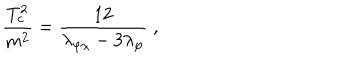
LaTeX: \frac { T _ { c } ^ { 2 } } { m ^ { 2 } } = \frac { 1 2 } { \lambda _ { \varphi \chi } - 3 \lambda _ { \varphi } } \; ,